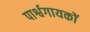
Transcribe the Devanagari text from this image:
पार्श्वगायकों